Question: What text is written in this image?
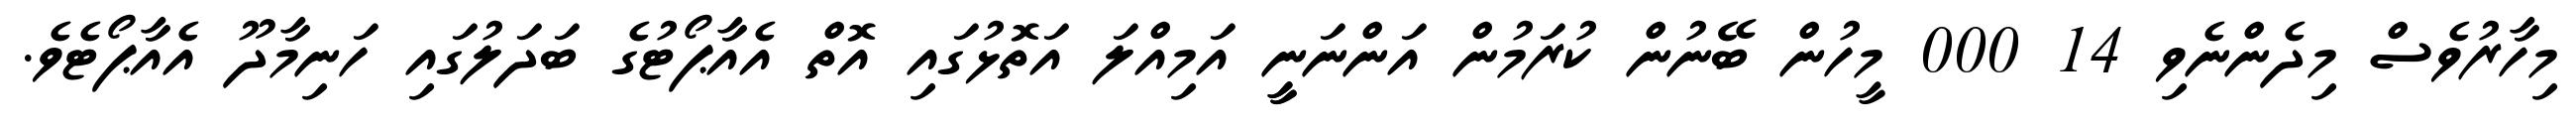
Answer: މިހާރުވެސް މިދެންނެވި 14 000 މީހުން ބޭނުން ކުރަމުން އަންނަނީީ އަމިއްލަ އަތޮޅުގައި އޮތް އެއާޕޯޓުގެ ބަދަލުގައި ހަނިމާދޫ އެއާޕޯޓެވެ.